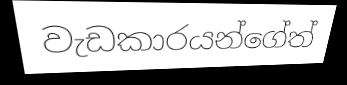
වැඩකාරයන්ගේත්